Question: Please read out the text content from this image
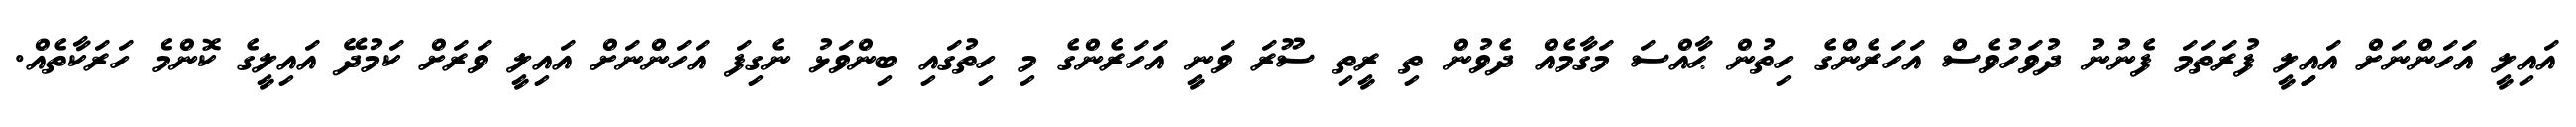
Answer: އައިލީ އަހަންނަށް އައިިލީ ފުރަތަމަ ފެނުނު ދުވަހުވެސް އަހަރެންގެ ހިތުން ޙާއްސަ މަގާމެއް ދެވުން ތި ރީތި ސޫރަ ވަނީ އަހަރެންގެ މި ހިތުގައި ބިންވަޅު ނެގިފަ އަހަންނަށް އައިލީ ވަރަށް ކަމުދޭ އައިލީގެ ކޮންމެ ހަރަކާތެއް.